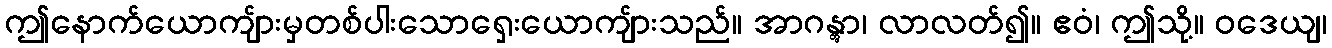
ဤနောက်ယောကျ်ားမှတစ်ပါးသောရှေးယောကျ်ားသည်။ အာဂန္တွာ၊ လာလတ်၍။ ဧဝံ၊ ဤသို့။ ဝဒေယျ၊